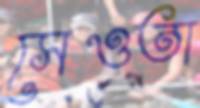
সেওতা